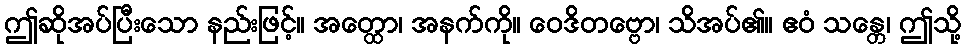
ဤဆိုအပ်ပြီးသော နည်းဖြင့်။ အတ္ထော၊ အနက်ကို။ ဝေဒိတဗ္ဗော၊ သိအပ်၏။ ဧဝံ သန္တေ၊ ဤသို့